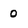
Character: 0